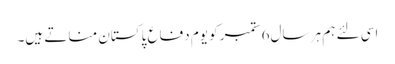
اسی لئے ہم ہر سال6 ستمبر کو یوم دفاع پاکستان مناتے ہیں۔